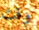
وقت